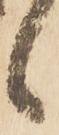
候